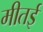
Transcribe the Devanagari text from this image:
मीतई